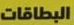
البطاقات